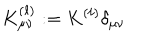
K _ { \mu \nu } ^ { ( \ell ) } : = K ^ { ( \ell ) } \delta _ { \mu \nu }